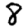
Digit: 8